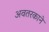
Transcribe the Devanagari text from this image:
अवतरकाने